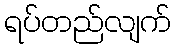
ရပ်တည်လျက်